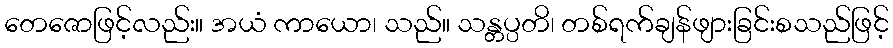
တေဇောဖြင့်လည်း။ အယံ ကာယော၊ သည်။ သန္တပ္ပတိ၊ တစ်ရက်ချန်ဖျားခြင်းစသည်ဖြင့်